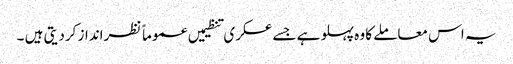
یہ اس معاملے کا وہ پہلو ہے جسے عسکری تنظیمیں عموماً نظرانداز کردیتی ہیں ۔